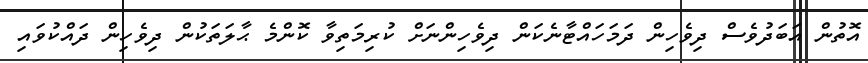
އޮތުން އަބަދުވެސް ދިވެހިން ދަމަހައްޓާނެކަން ދިވެހިންނަށް ކުރިމަތިވާ ކޮންމެ ޙާލަތަކުން ދިވެހިން ދައްކުވައި